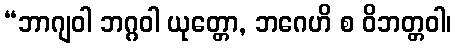
“ဘာဂျဝါ ဘဂ္ဂဝါ ယုတ္တော, ဘဂေဟိ စ ဝိဘတ္တဝါ၊